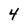
Character: 4